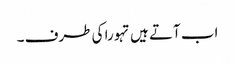
اب آتے ہیں تہورا کی طرف ۔